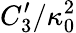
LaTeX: {C_{3}^{\prime}}/{\kappa_{0}^{2}}